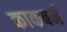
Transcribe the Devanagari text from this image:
काकबर्न